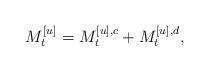
LaTeX: \begin{align*}M^{[u]}_{t}=M^{[u],c}_{t}+M^{[u],d}_{t},\end{align*}